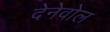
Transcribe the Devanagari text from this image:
देनेवोल